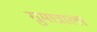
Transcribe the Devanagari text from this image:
सुमात्राला